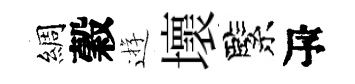
綢穀逰壞緊瓴